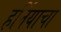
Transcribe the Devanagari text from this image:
हर्नियाचा